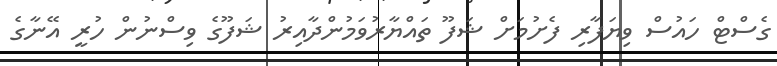
ގެސްޓް ހައުސް ވިޔަފާރި ފެށުމަށް ޝަފޫ ތައްޔާރުވަމުންދާއިރު ޝަފޫގެ ވިސްނުން ހުރީ އޭނާގެ